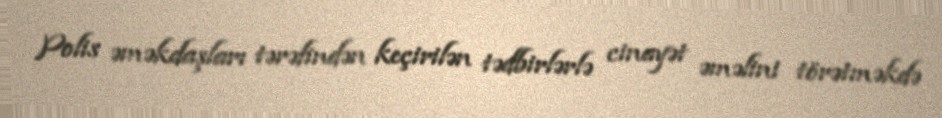
Polis əməkdaşları tərəfindən keçirilən tədbirlərlə cinayət əməlini törətməkdə